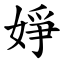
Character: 婙